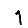
Digit: 1